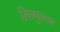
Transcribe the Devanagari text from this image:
सिम्पुल्टन